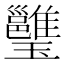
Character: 𤫔